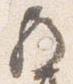
歟